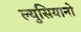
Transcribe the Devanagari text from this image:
ल्युसियानो